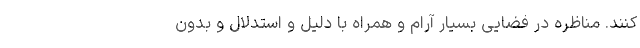
کنند. مناظره در فضایی بسیار آرام و همراه با دلیل و استدلال و بدون